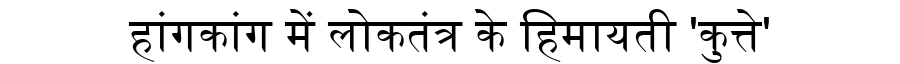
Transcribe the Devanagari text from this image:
हांगकांग में लोकतंत्र के हिमायती 'कुत्ते'